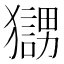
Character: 𤢰